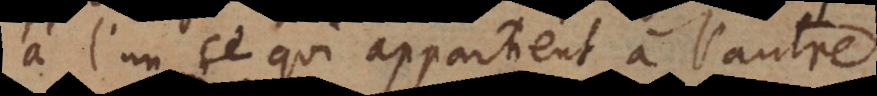
à l’un ce qui appartient à l’autre.